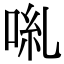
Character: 𠴄